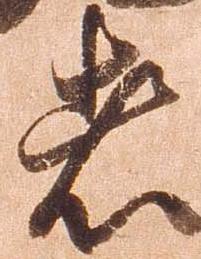
者